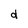
Character: d